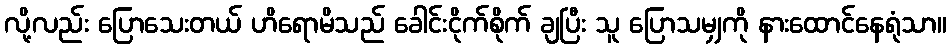
လို့လည်း ပြောသေးတယ် ဟိရောမိသည် ခေါင်းငိုက်စိုက် ချပြီး သူ ပြောသမျှကို နားထောင်နေရုံသာ။